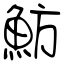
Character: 魴